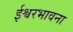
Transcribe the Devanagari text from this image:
ईश्वरभावना